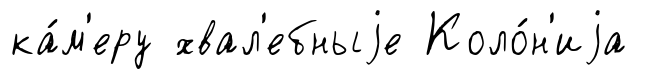
ка́м'еру хвал'ебныjе Коло́н'иjа